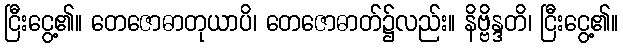
ငြီးငွေ့၏။ တေဇောဓာတုယာပိ၊ တေဇောဓာတ်၌လည်း။ နိဗ္ဗိန္ဒတိ၊ ငြီးငွေ့၏။